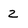
Character: 2